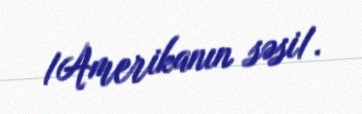
/Amerikanın səsi/.